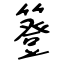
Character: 簦